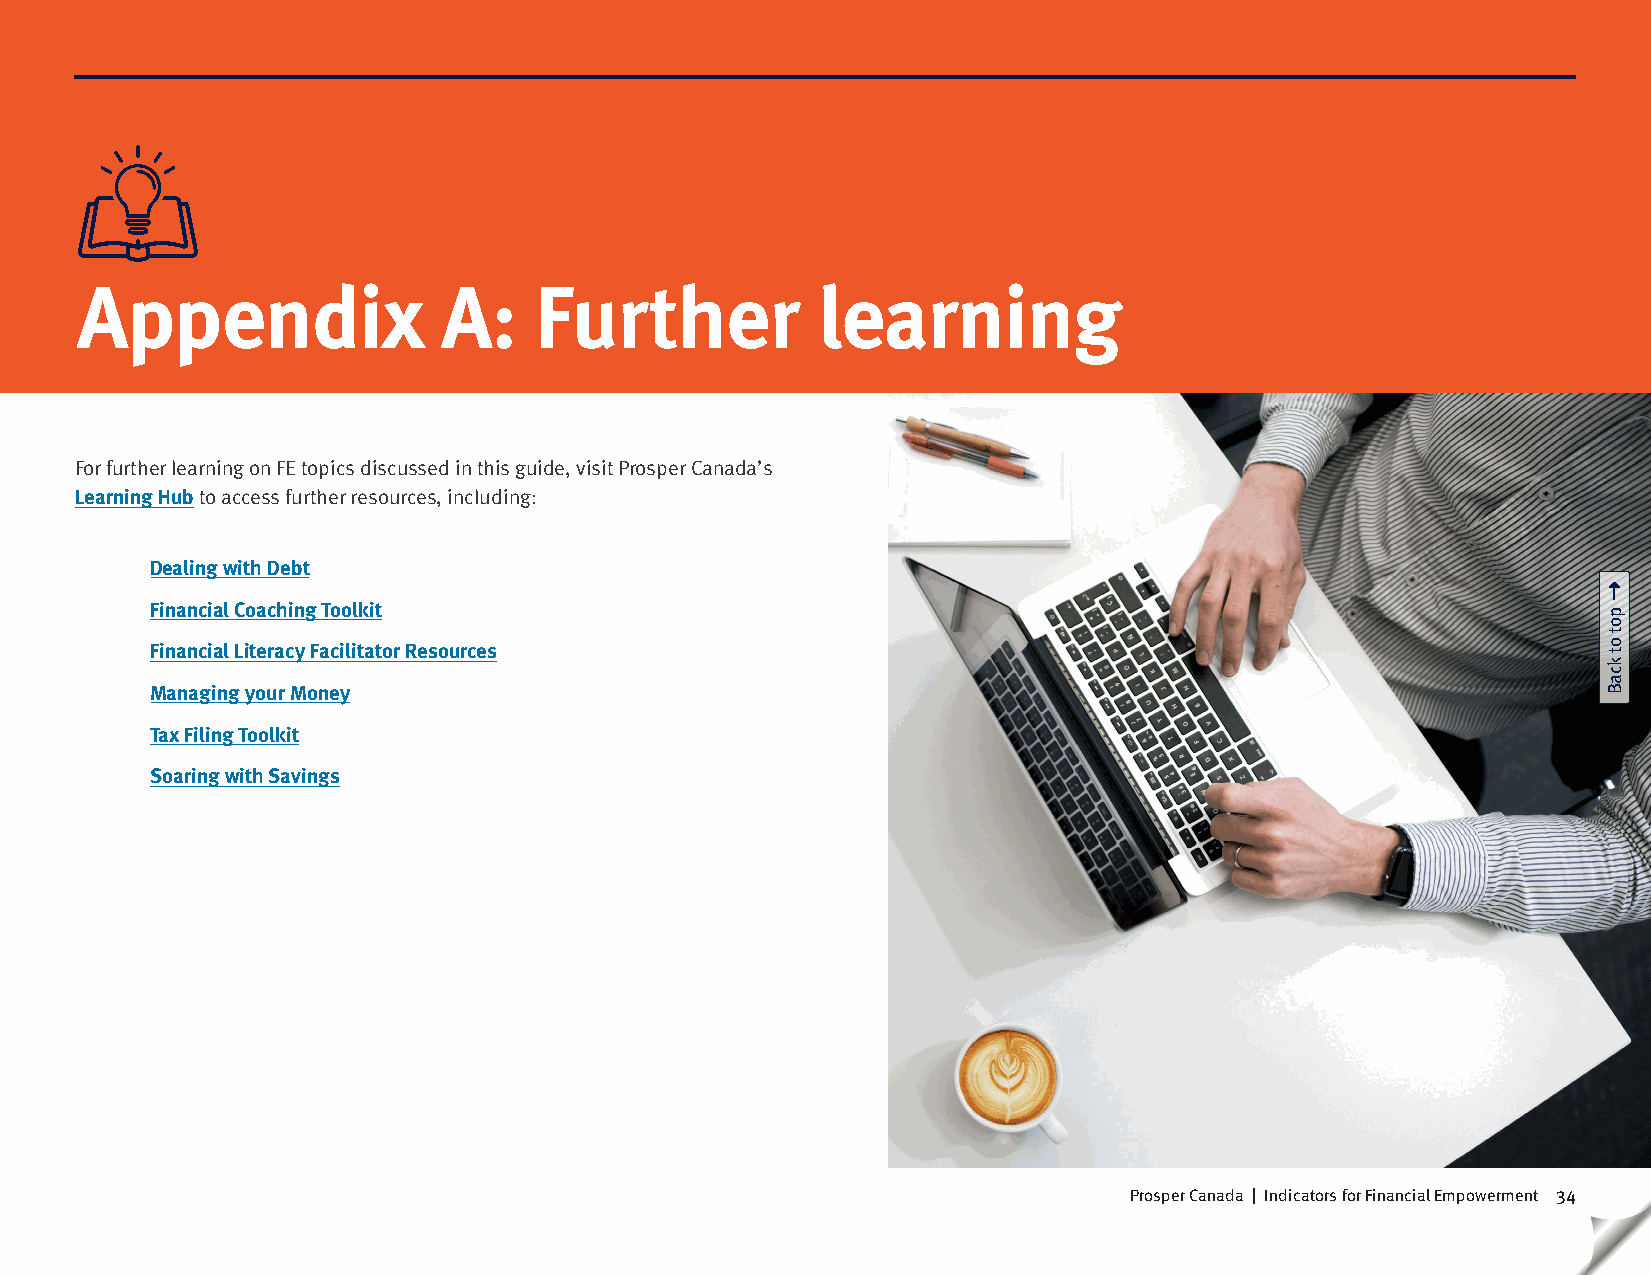
Appendix                A:    Further            learning
 For further learning on FE topics discussed in this guide, visit Prosper Canada’s
 Learning Hub to access further resources, including:
 Dealing with Debt
 Financial Coaching Toolkit
 Financial Literacy Facilitator Resources
 Managing your Money
 Tax Filing Toolkit
 Soaring with Savings
 Prosper Canada | Indicators for Financial Empowerment 34
 pot
 ot
 kcaB